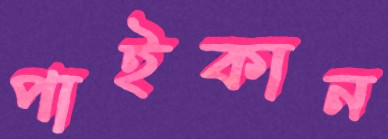
পাইকান